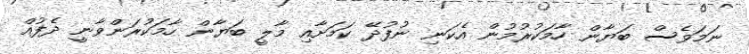
ނަމަވެސް ބަޔާން ހާމަކުރުމުން އެކަނި ނުފުދޭ ކަމަށާއި މާލީ ބަޔާން ހާމަކުރަންވާނީ ދެފުއް